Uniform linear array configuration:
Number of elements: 48
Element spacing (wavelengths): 0.75
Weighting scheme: blackman
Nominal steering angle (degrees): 0
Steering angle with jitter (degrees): -1.496
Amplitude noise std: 0.05
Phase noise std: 0.05

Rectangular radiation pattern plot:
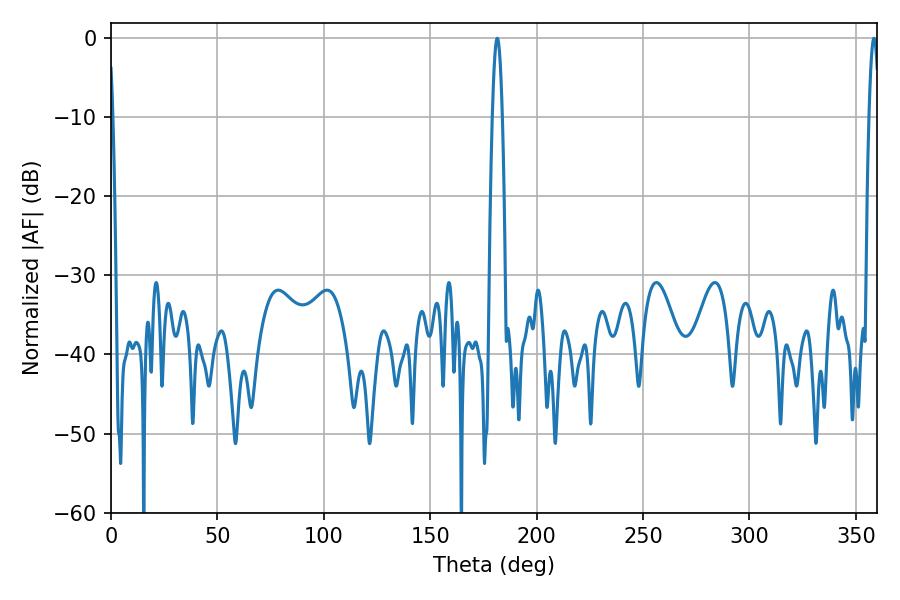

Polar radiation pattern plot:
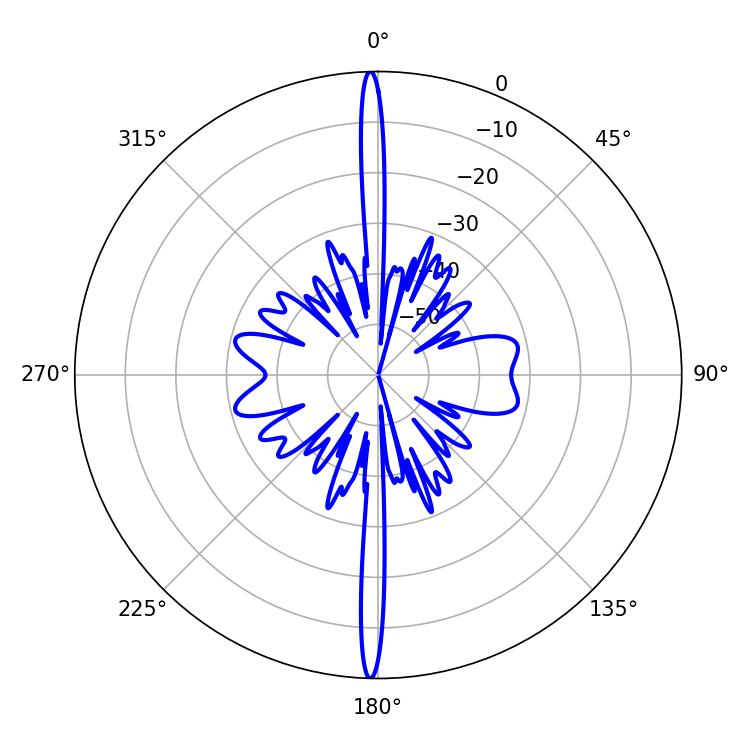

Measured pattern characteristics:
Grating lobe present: TRUE
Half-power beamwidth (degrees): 2.52
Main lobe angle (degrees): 181.44